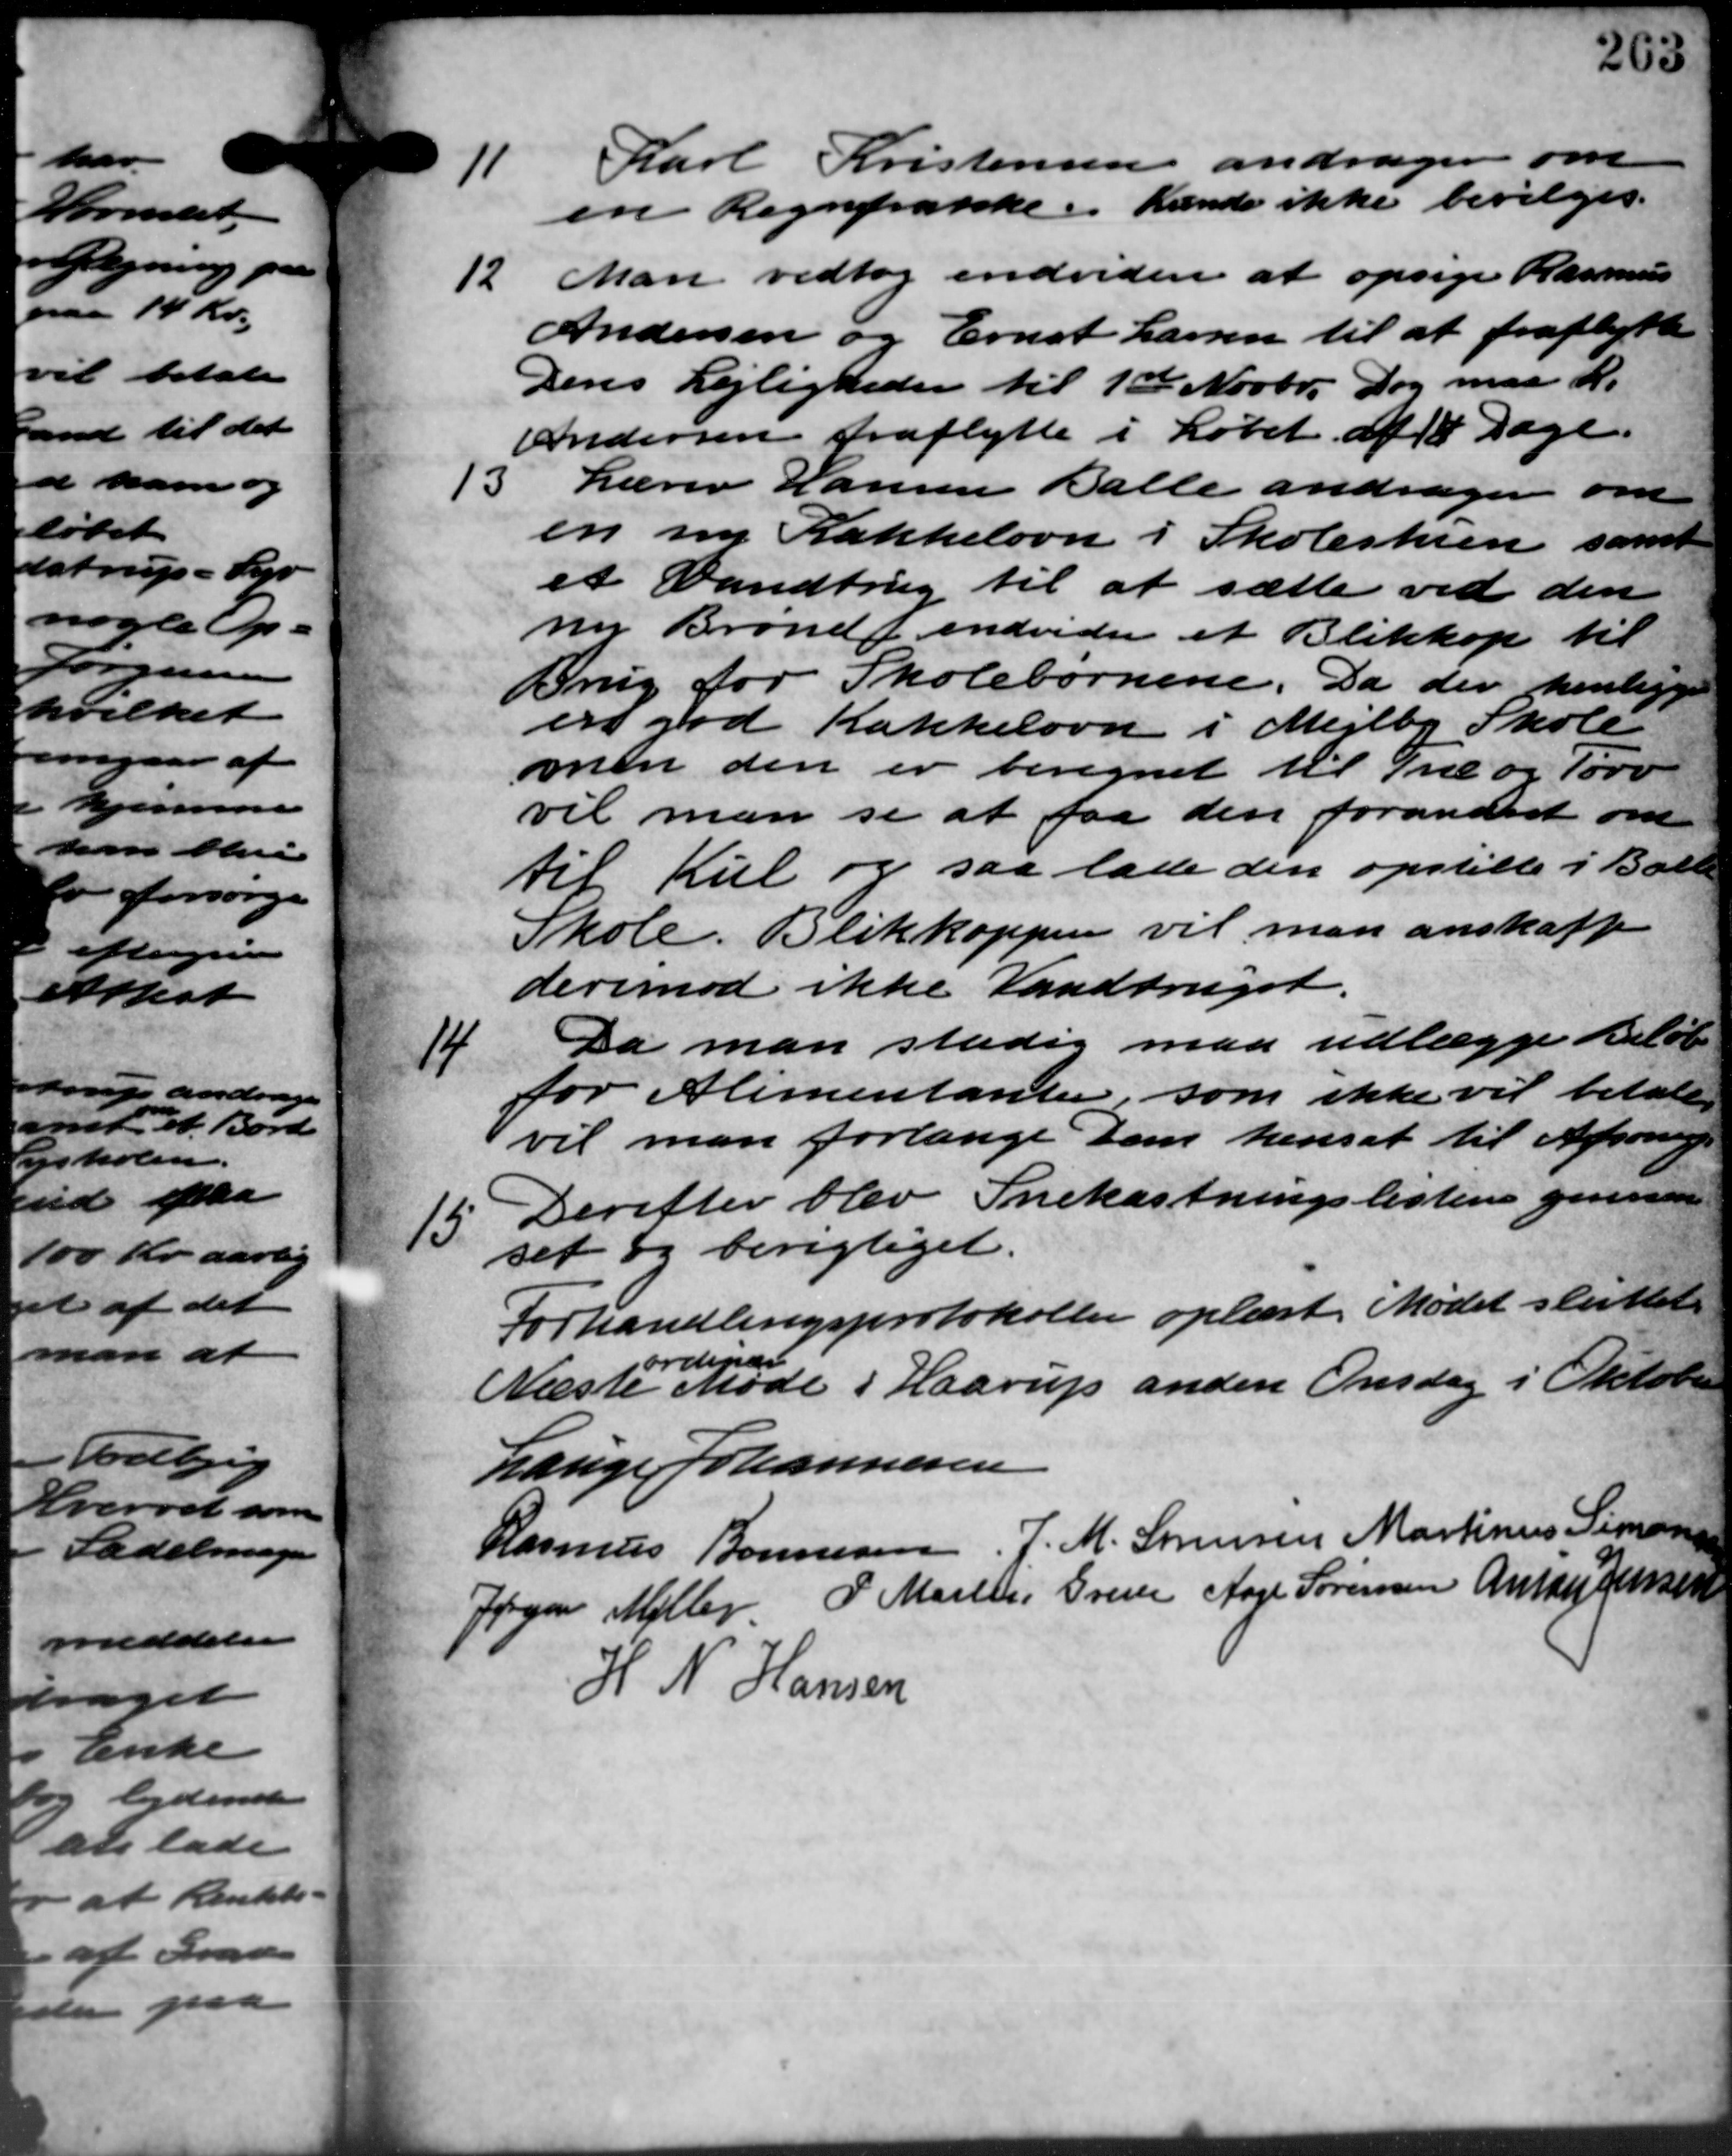
Transskription:
11
Karl Kristensen andrager om
en Regnfrakke. Kende ikke bevilges.
12 Man vedtog endvidere at opsige Rasmus
12 Man vedtog endvidere at opsige Rasmus
Andersen og Ernst Larsen til at fraflytte
Deres Lejligheder til 1ste Novbr. Dog maa H.
Andersen fraflytte i Løbet af 18 Dage.
13 Lærer Hansen Balle andrager om
13 Lærer Hansen Balle andrager om
en ny Kakkelovn i Skoleskien samt
et Vandbrug til at sætte ved den
ny Brøndf endvider et Blikkop til
Brug for Skolebørnene. Da der henlige
er god Kakkelovn i Mejlby Skole
men den er beregnet til Træ og Tørv
vil man se at faa den forandret om
til Kul og saa lade den opstille i Balle
Skole. Blikkoppen vil man anskaffe
derimod ikke Vandbruget.
14
Da man stadig maa udlægge Beløb
for Alimentanter, som ikke vil betale
vil man forlange Dem hensat til Afsoning
15
Derefter blev Snekastningslistene gennem
set og berigtiget.
Forhandlingsprotokoller oplæst. Mødet sluttet.
Næste Møde i Haarup anden Onsdag i Oktober
4 A epar
Lauge Johannesen
Rasmus Bonnesen, J. M. Sørensen Martinus Simon
Jørgen Møller P. Martin Greve Aage Sørensen Ander Jensen
H. N. Hansen